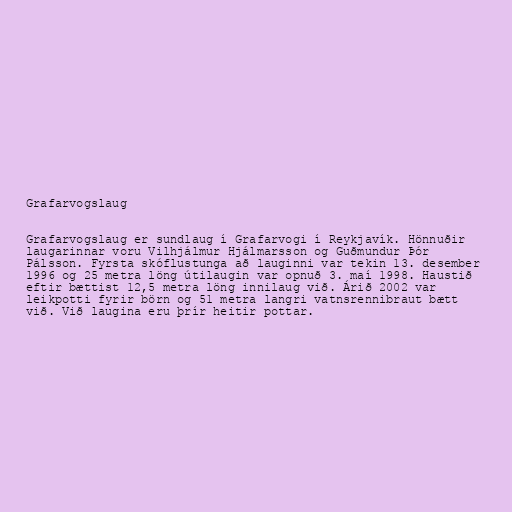
Grafarvogslaug

Grafarvogslaug er sundlaug í Grafarvogi í Reykjavík. Hönnuðir
laugarinnar voru Vilhjálmur Hjálmarsson og Guðmundur Þór
Pálsson. Fyrsta skóflustunga að lauginni var tekin 13. desember
1996 og 25 metra löng útilaugin var opnuð 3. maí 1998. Haustið
eftir bættist 12,5 metra löng innilaug við. Árið 2002 var
leikpotti fyrir börn og 51 metra langri vatnsrennibraut bætt
við. Við laugina eru þrír heitir pottar.